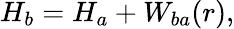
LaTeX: H_{b}=H_{a}+W_{ba}(r),